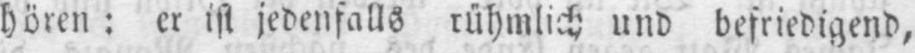
hören: er ist jedenfalls rühmlich und befriedigend,